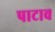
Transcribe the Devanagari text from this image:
पाटाव